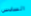
السادس